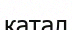
катал